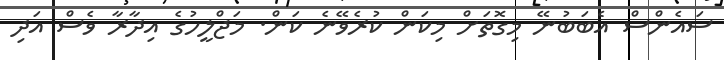
ސައެންސް އެބަބުނޭ މިގޮތަށް މިކަން ކުރެވޭނެ ކަން. މަޖްލީހުގެ އިދާރާ ވެސް އަދި